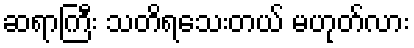
ဆရာကြီး သတိရသေးတယ် မဟုတ်လား